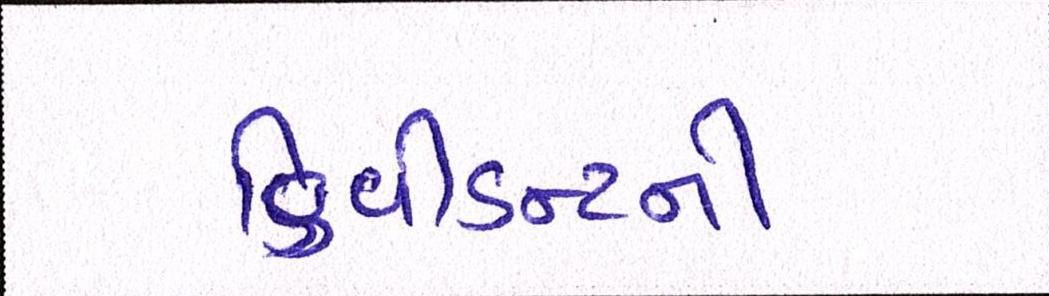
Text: ડિવીડન્ટની